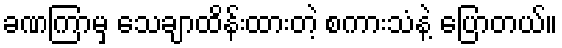
ခဏကြာမှ သေချာထိန်းထားတဲ့ စကားသံနဲ့ ပြောတယ်။